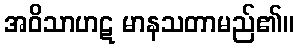
အဝိသာဟဋ မာနသတာမည်၏။